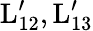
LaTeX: \mathrm{{L}_{12}^{\prime},\mathrm{{L}_{13}^{\prime}}}